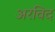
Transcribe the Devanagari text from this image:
अरविद